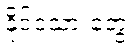
နိုင်ငံသားတွေ